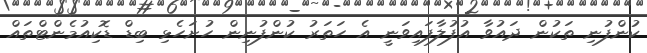
ކުންފުނި ތަކުން ދައުވާ އުފުލާފައިވަނީ އެ ހަތަރު ކުންފުނިން ހުށަހެޅި ބިޑް ޑޮކިއުމެންޓްތައް